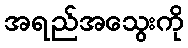
အရည်အသွေးကို